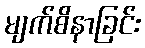
မျက်စိနာခြင်း